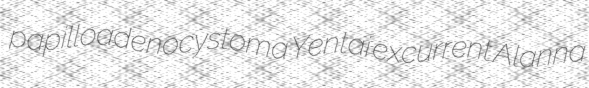
papilloadenocystoma Yentai excurrent Alanna